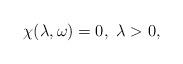
LaTeX: \begin{align*}\chi(\lambda,\omega)=0,~\lambda>0,\end{align*}